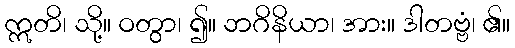
ဣတိ၊ သို့။ ဝတွာ၊ ၍။ ဘဂိနိယာ၊ အား။ ဒါတဗ္ဗံ၊ ၏။